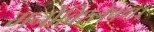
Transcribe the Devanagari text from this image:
मनोविश्लेषण।